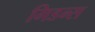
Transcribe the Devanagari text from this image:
गिडन्स